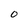
Character: O